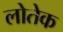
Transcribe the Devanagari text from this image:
लोतेक